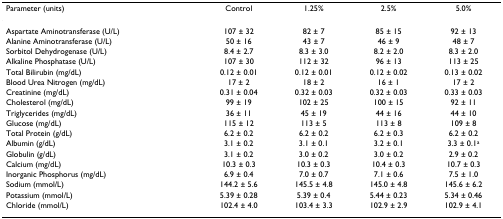
<table><thead><tr><td><b>Parameter (units)</b></td><td><b>Control</b></td><td><b>1.25%</b></td><td><b>2.5%</b></td><td><b>5.0%</b></td></tr></thead><tbody><tr><td>Aspartate Aminotransferase (U/L)</td><td>107 ± 32</td><td>82 ± 7</td><td>85 ± 15</td><td>92 ± 13</td></tr><tr><td>Alanine Aminotransferase (U/L)</td><td>50 ± 16</td><td>43 ± 7</td><td>46 ± 9</td><td>48 ± 7</td></tr><tr><td>Sorbitol Dehydrogenase (U/L)</td><td>8.4 ± 2.7</td><td>8.3 ± 3.0</td><td>8.2 ± 2.0</td><td>8.3 ± 2.0</td></tr><tr><td>Alkaline Phosphatase (U/L)</td><td>107 ± 30</td><td>112 ± 32</td><td>96 ± 13</td><td>113 ± 25</td></tr><tr><td>Total Bilirubin (mg/dL)</td><td>0.12 ± 0.01</td><td>0.12 ± 0.01</td><td>0.12 ± 0.02</td><td>0.13 ± 0.02</td></tr><tr><td>Blood Urea Nitrogen (mg/dL)</td><td>17 ± 2</td><td>18 ± 2</td><td>16 ± 1</td><td>17 ± 2</td></tr><tr><td>Creatinine (mg/dL)</td><td>0.31 ± 0.04</td><td>0.32 ± 0.03</td><td>0.32 ± 0.03</td><td>0.33 ± 0.03</td></tr><tr><td>Cholesterol (mg/dL)</td><td>99 ± 19</td><td>102 ± 25</td><td>100 ± 15</td><td>92 ± 11</td></tr><tr><td>Triglycerides (mg/dL)</td><td>36 ± 11</td><td>45 ± 19</td><td>44 ± 16</td><td>44 ± 10</td></tr><tr><td>Glucose (mg/dL)</td><td>115 ± 12</td><td>113 ± 5</td><td>113 ± 8</td><td>109 ± 8</td></tr><tr><td>Total Protein (g/dL)</td><td>6.2 ± 0.2</td><td>6.2 ± 0.2</td><td>6.2 ± 0.3</td><td>6.2 ± 0.2</td></tr><tr><td>Albumin (g/dL)</td><td>3.1 ± 0.2</td><td>3.1 ± 0.1</td><td>3.2 ± 0.1</td><td>3.3 ± 0.1<sup>a</sup></td></tr><tr><td>Globulin (g/dL)</td><td>3.1 ± 0.2</td><td>3.0 ± 0.2</td><td>3.0 ± 0.2</td><td>2.9 ± 0.2</td></tr><tr><td>Calcium (mg/dL)</td><td>10.3 ± 0.3</td><td>10.3 ± 0.3</td><td>10.4 ± 0.3</td><td>10.7 ± 0.3</td></tr><tr><td>Inorganic Phosphorus (mg/dL)</td><td>6.9 ± 0.4</td><td>7.0 ± 0.7</td><td>7.1 ± 0.6</td><td>7.5 ± 1.0</td></tr><tr><td>Sodium (mmol/L)</td><td>144.2 ± 5.6</td><td>145.5 ± 4.8</td><td>145.0 ± 4.8</td><td>145.6 ± 6.2</td></tr><tr><td>Potassium (mmol/L)</td><td>5.39 ± 0.28</td><td>5.39 ± 0.4</td><td>5.44 ± 0.23</td><td>5.34 ± 0.46</td></tr><tr><td>Chloride (mmol/L)</td><td>102.4 ± 4.0</td><td>103.4 ± 3.3</td><td>102.9 ± 2.9</td><td>102.9 ± 4.1</td></tr></tbody></table>